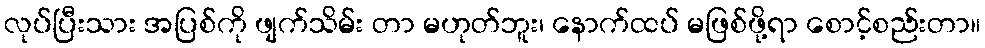
လုပ်ပြီးသား အပြစ်ကို ဖျက်သိမ်း တာ မဟုတ်ဘူး၊ နောက်ထပ် မဖြစ်ဖို့ရာ စောင့်စည်းတာ။